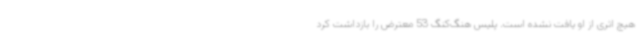
هیچ اثری از او یافت نشده است. پلیس هنگ‌کنگ 53 معترض را بازداشت کرد